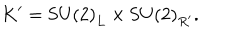
LaTeX: K ^ { \prime } = \mathrm { S U ( 2 ) } _ { L } \times \mathrm { S U ( 2 ) } _ { R ^ { \prime } } .